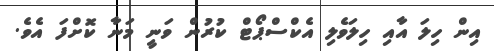
އިން ހިލަ އާއި ހިލަވެލި އެކްސްޕޯޓް ކުރުން ވަނީ މަނާ ކޮށްފަ އެވެ.